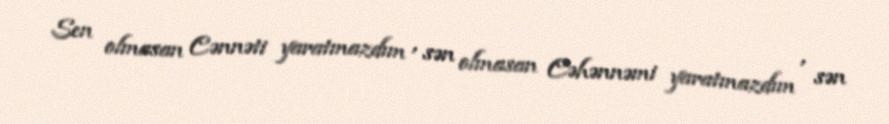
Sen olmasan Cənnəti yaratmazdım , sən olmasan Cəhənnəmi yaratmazdım , sən